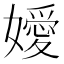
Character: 嬡